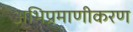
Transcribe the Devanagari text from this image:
अभिप्रमाणीकरण